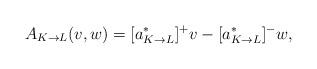
LaTeX: \begin{align*}A_{K\to L}(v,w)=[a^*_{K\to L}]^+ v-[a^*_{K\to L}]^- w,\end{align*}